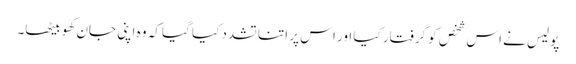
پولیس نے اس شخص کو گرفتار کیا اور اس پر اتنا تشدد کیا گیا کہ وہ اپنی جان کھو بیٹھا۔